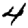
Digit: 4